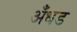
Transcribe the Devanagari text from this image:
अँधड